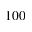
1 0 0